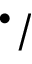
^ { \bullet } /